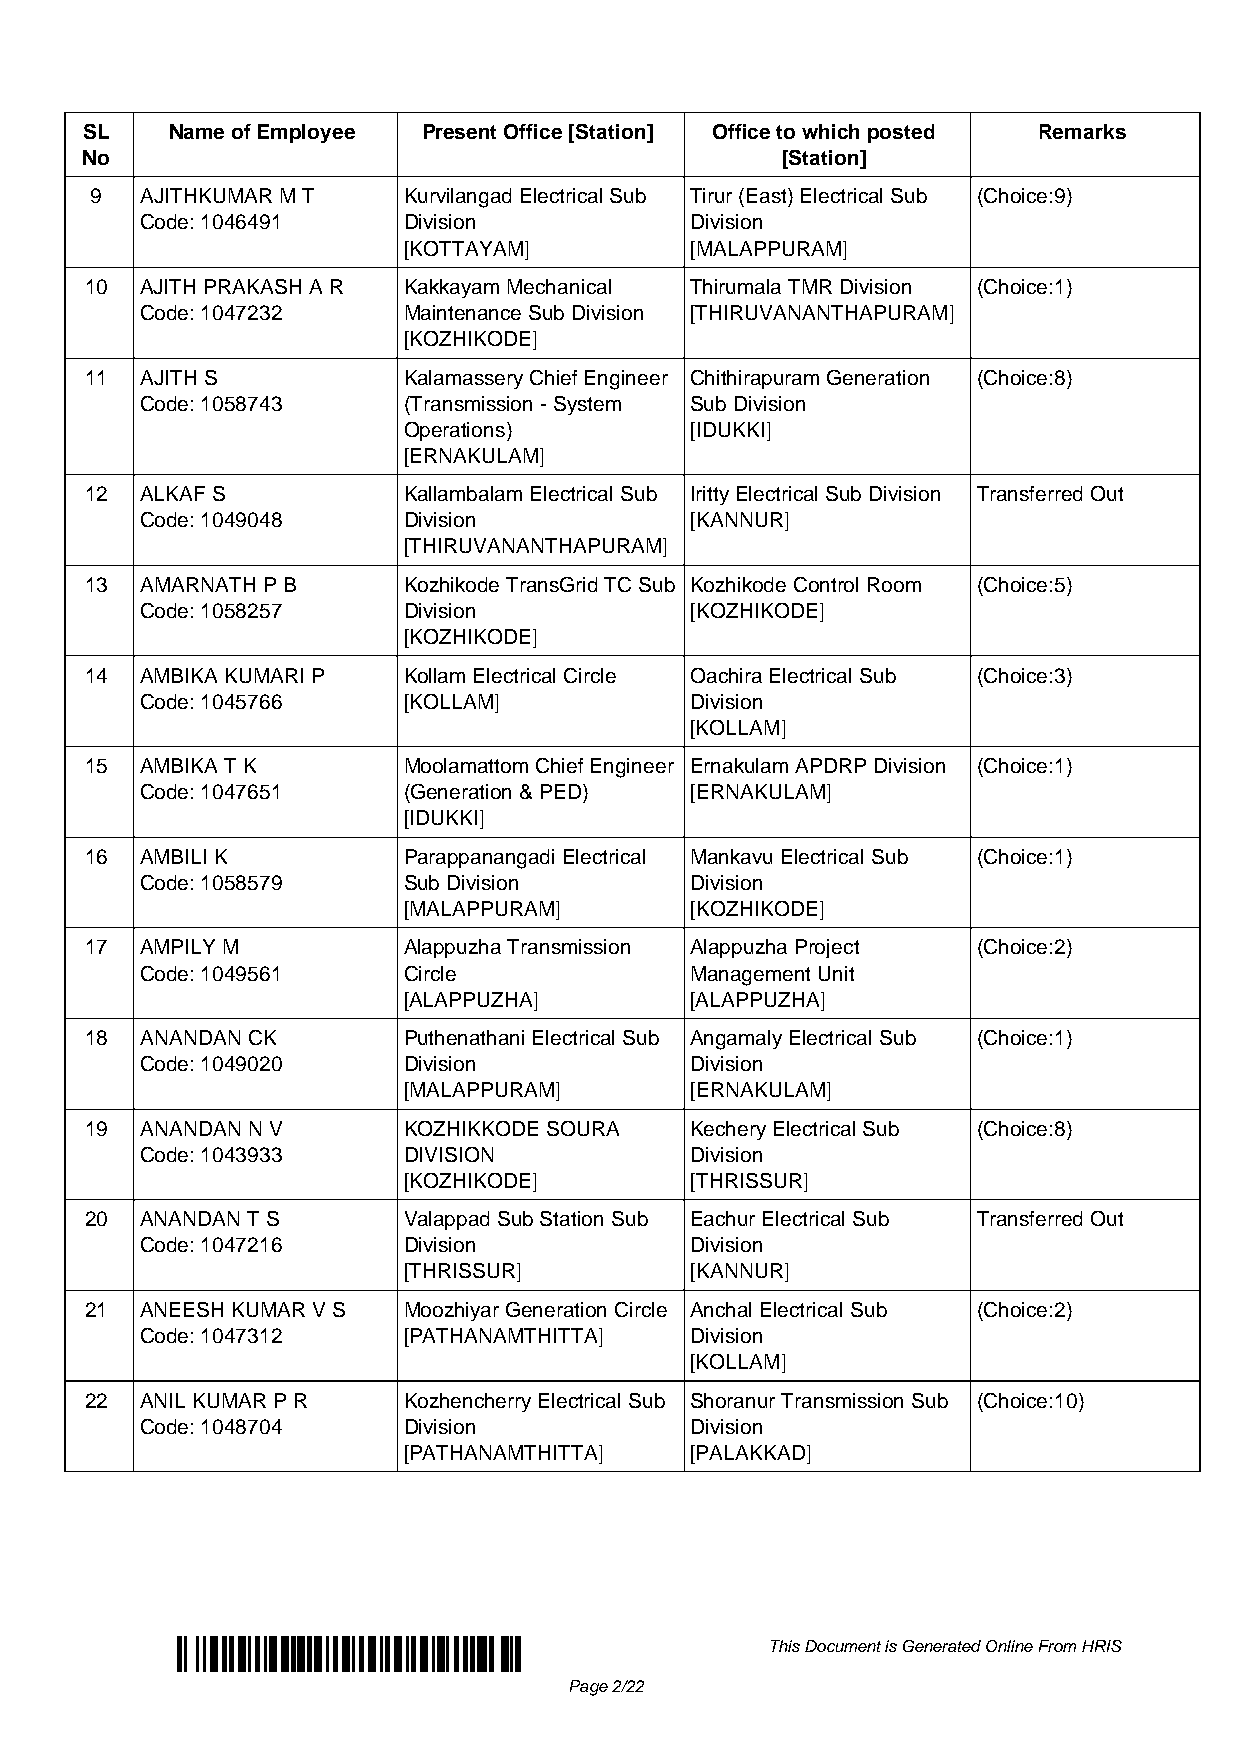
SL    Name of Employee Present Office [Station] Office to which posted Remarks
 No                                             [Station]
 9  AJITHKUMAR M T    Kurvilangad Electrical Sub Tirur (East) Electrical Sub (Choice:9)
 Code: 1046491     Division           Division
 [KOTTAYAM]         [MALAPPURAM]
 10 AJITH PRAKASH A R Kakkayam Mechanical Thirumala TMR Division (Choice:1)
 Code: 1047232     Maintenance Sub Division [THIRUVANANTHAPURAM]
 [KOZHIKODE]
 11 AJITH S           Kalamassery Chief Engineer Chithirapuram Generation (Choice:8)
 Code: 1058743     (Transmission - System Sub Division
 Operations)        [IDUKKI]
 [ERNAKULAM]
 12 ALKAF S           Kallambalam Electrical Sub Iritty Electrical Sub Division Transferred Out
 Code: 1049048     Division           [KANNUR]
 [THIRUVANANTHAPURAM]
 13 AMARNATH P B      Kozhikode TransGrid TC Sub Kozhikode Control Room (Choice:5)
 Code: 1058257     Division           [KOZHIKODE]
 [KOZHIKODE]
 14 AMBIKA KUMARI P   Kollam Electrical Circle Oachira Electrical Sub (Choice:3)
 Code: 1045766     [KOLLAM]           Division
 [KOLLAM]
 15 AMBIKA T K        Moolamattom Chief Engineer Ernakulam APDRP Division (Choice:1)
 Code: 1047651     (Generation & PED) [ERNAKULAM]
 [IDUKKI]
 16 AMBILI K          Parappanangadi Electrical Mankavu Electrical Sub (Choice:1)
 Code: 1058579     Sub Division       Division
 [MALAPPURAM]       [KOZHIKODE]
 17 AMPILY M          Alappuzha Transmission Alappuzha Project (Choice:2)
 Code: 1049561     Circle             Management Unit
 [ALAPPUZHA]        [ALAPPUZHA]
 18 ANANDAN CK        Puthenathani Electrical Sub Angamaly Electrical Sub (Choice:1)
 Code: 1049020     Division           Division
 [MALAPPURAM]       [ERNAKULAM]
 19 ANANDAN N V       KOZHIKKODE SOURA   Kechery Electrical Sub (Choice:8)
 Code: 1043933     DIVISION           Division
 [KOZHIKODE]        [THRISSUR]
 20 ANANDAN T S       Valappad Sub Station Sub Eachur Electrical Sub Transferred Out
 Code: 1047216     Division           Division
 [THRISSUR]         [KANNUR]
 21 ANEESH KUMAR V S  Moozhiyar Generation Circle Anchal Electrical Sub (Choice:2)
 Code: 1047312     [PATHANAMTHITTA]   Division
 [KOLLAM]
 22 ANIL KUMAR P R    Kozhencherry Electrical Sub Shoranur Transmission Sub (Choice:10)
 Code: 1048704     Division           Division
 [PATHANAMTHITTA]   [PALAKKAD]
 This Document is Generated Online From HRIS
 Page 2/22